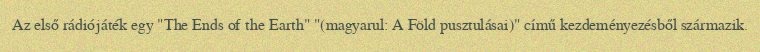
Az első rádiójáték egy "The Ends of the Earth" "(magyarul: A Föld pusztulásai)" című kezdeményezésből származik.